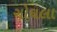
ગોઘલા